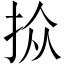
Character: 𪭮